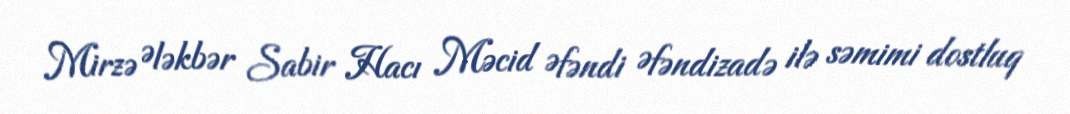
Mirzə Ələkbər Sabir Hacı Məcid Əfəndi Əfəndizadə ilə səmimi dostluq